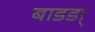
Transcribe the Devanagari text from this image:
बाडडा्